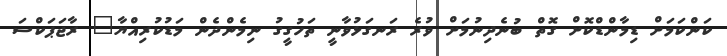
ކަންކަމަށް ޑިމާންޑްކޮށް ގޮތް ބުނެދިނުމަށް ވުރެ ރަނގަޅުވާނީ ތަހުގީގު ނިމެންދެން މަޑުކުރިއްޔާ" ރާޖަޕަކްސަ